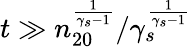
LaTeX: t\gg n_{20}^{\frac{1}{\gamma_{s}-1}}/\gamma_{s}^{\frac{1}{\gamma_{s}-1}}